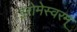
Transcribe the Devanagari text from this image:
इरोमेस्वरम्